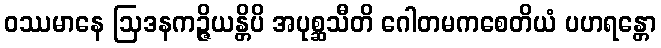
ဝဿမာနေ ဩဒနကဉ္ဇိယန္တိပိ အပုစ္ဆသီတိ ဂေါတမကစေတိယံ ပဟရန္တော